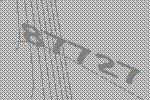
87727